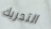
التحريك